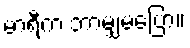
မာရီက ဘာမျှမပြော။